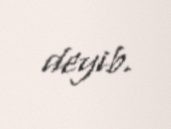
deyib.